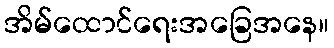
အိမ်ထောင်ရေးအခြေအနေ။